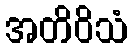
အတိဝိသံ